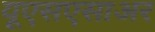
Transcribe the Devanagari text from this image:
यूएसएसाअर